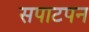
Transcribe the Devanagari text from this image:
सपाटपन